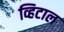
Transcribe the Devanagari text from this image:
व्हिटाल